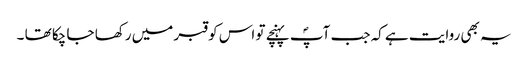
یہ بھی روایت ہے کہ جب آپؐ پہنچے تو اس کو قبر میں رکھا جا چکا تھا ۔